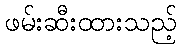
ဖမ်းဆီးထားသည့်